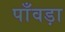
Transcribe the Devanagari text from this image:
पाँवड़ा